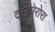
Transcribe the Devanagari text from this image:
टस्कोरोरा